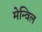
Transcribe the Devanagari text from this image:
मेन्विल